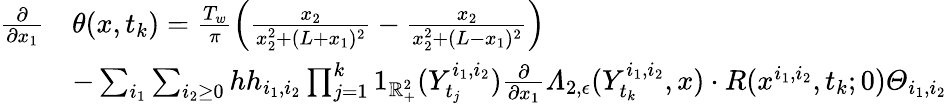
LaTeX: \begin{array}{rl}{\frac{\partial}{\partial x_{1}}}&{\theta(x,t_{k})=\frac{T_{w}}{\pi}\left(\frac{x_{2}}{x_{2}^{2}+(L+x_{1})^{2}}-\frac{x_{2}}{x_{2}^{2}+(L-x_{1})^{2}}\right)}\\ &{-\sum_{i_{1}}\sum_{i_{2}\geq 0}hh_{i_{1},i_{2}}\prod_{j=1}^{k}1_{\mathbb{R}_{+}^{2}}(Y_{t_{j}}^{i_{1},i_{2}})\frac{\partial}{\partial x_{1}}\varLambda_{2,\epsilon}(Y_{t_{k}}^{i_{1},i_{2}},x)\cdot R(x^{i_{1},i_{2}},t_{k};0)\varTheta_{i_{1},i_{2}}}\end{array}